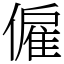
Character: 僱